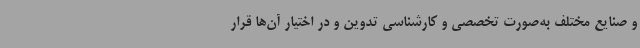
و صنایع مختلف به‌صورت تخصصی و کارشناسی تدوین و در اختیار آن‌ها قرار